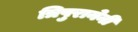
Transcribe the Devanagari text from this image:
त्रिपुरानेनी